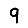
Digit: 9